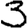
Digit: 3